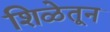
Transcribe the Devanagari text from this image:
शिळेतून